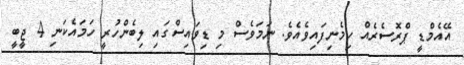
އޭއެމްޑީ ޕްރޮސެރެއް ހިމެނިފައިވެއެވެ. ނަމަވެސް މި ޑިވައިސްގައި ލިބެންހުރީ ހަމައެކަނި 4 ޖީބީ